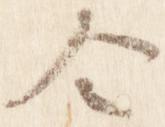
令